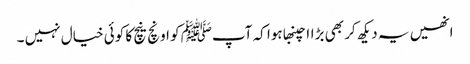
انھیں یہ دیکھ کر بھی بڑاا چنبھا ہوا کہ آپﷺ کو اونچ نیچ کا کوئی خیال نہیں ۔